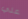
علي